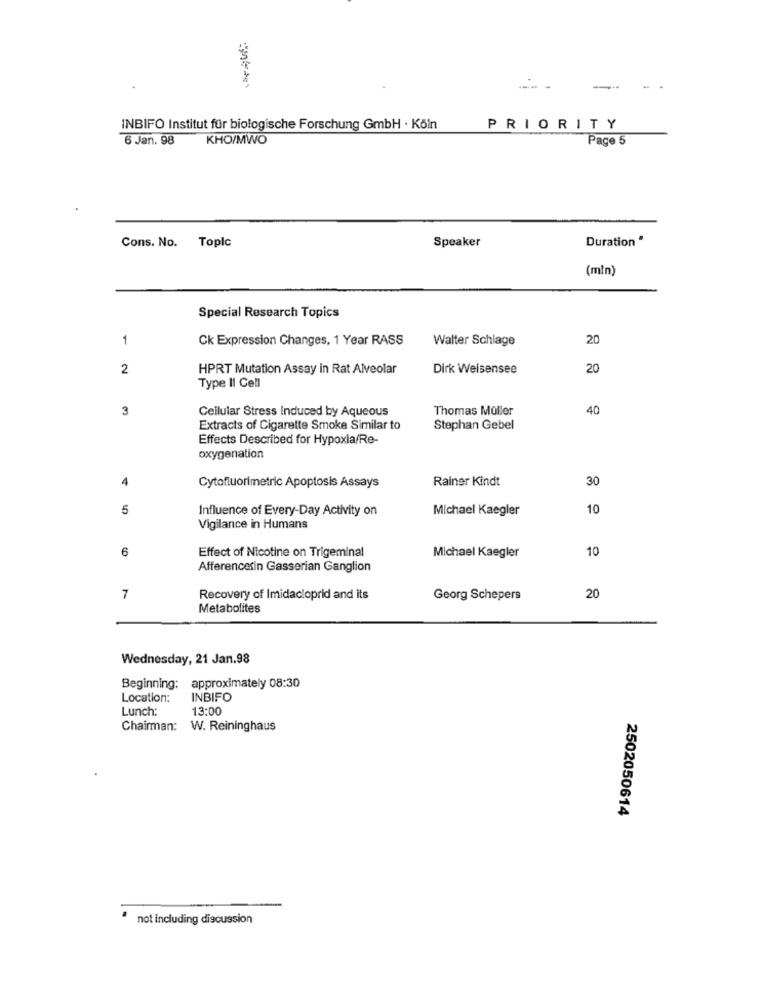
-
INBIFO Institut für biologische Forschung GmbH · Köln
PRIORITY
6 Jan. 98
KHO/MWO
Page 5
Cons. No. Toplc
Speaker
Duration "
(min)
Special Research Topics
1
Ck Expression Changes, 1 Year RASS
Walter Schlage
20
2
HPRT Mutation Assay in Rat Alveolar
Dirk Weisensee
20
Type II Cell
3
Cellular Stress Induced by Aqueous
Thomas Müller
40
Extracts of Cigarette Smoke Similar to
Stephan Gebel
Effects Described for Hypoxia/Re-
oxygenation
4
Rainer Kindt
30
Cytofluorimetric Apoptosis Assays
5
Influence of Every-Day Activity on
Michael Kaegler
10
Vigilance in Humans
6
Effect of Nicotine on Trigeminal
10
Michael Kaegler
Afferencesin Gasserian Ganglion
7
Recovery of Imidacloprid and its
Georg Schepers
20
Metabolites
Wednesday, 21 Jan.98
approximately 08:30
Beginning:
Location:
INBIFO
Lunch:
13:00
Chairman: W. Reininghaus
2502050614
not including discussion